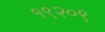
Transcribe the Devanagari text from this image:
१९२०९